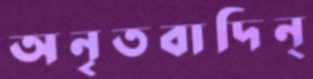
অনৃতবাদিন্